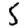
Digit: 5